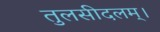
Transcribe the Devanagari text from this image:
तुलसीदलम्।